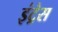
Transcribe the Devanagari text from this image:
इंट्रेस